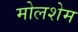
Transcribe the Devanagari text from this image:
मोलशेम